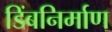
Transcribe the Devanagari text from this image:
डिंबनिर्माण